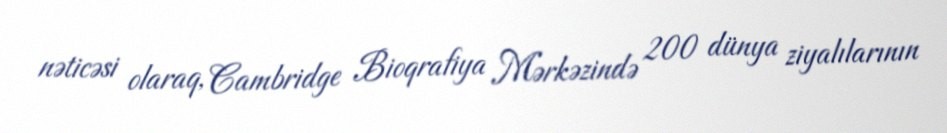
nəticəsi olaraq, Cambridge Bioqrafiya Mərkəzində 200 dünya ziyalılarının